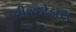
વીજજોડાણ